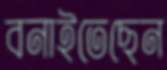
বনাইতেছেন